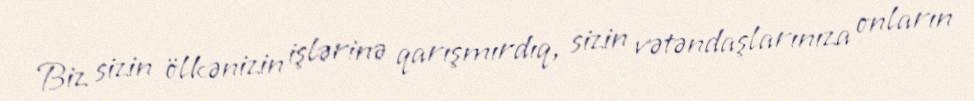
Biz sizin ölkənizin işlərinə qarışmırdıq, sizin vətəndaşlarınıza onların